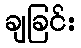
ချခြင်း